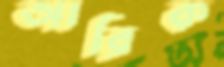
আরিক